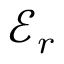
{ \mathcal E } _ { r }